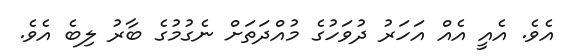
އެވެ. އެއީ އެއް އަހަރު ދުވަހުގެ މުއްދަތަށް ނެގުމުގެ ބާރު ލިބެ އެވެ.